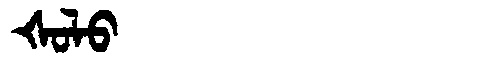
Manchu: ᡧᠣᠯᠣ
Romanization: ŠOLO